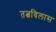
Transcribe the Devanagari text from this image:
तत्वविलास